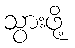
သွားဖို့